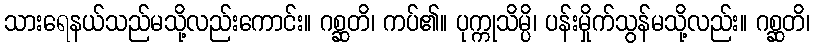
သားရေနယ်သည်မသို့လည်းကောင်း။ ဂစ္ဆတိ၊ ကပ်၏။ ပုက္ကုသိမ္ပိ၊ ပန်းမှိုက်သွန်မသို့လည်း။ ဂစ္ဆတိ၊